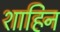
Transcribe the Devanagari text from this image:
शाहिन